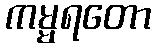
ကမ္မရတော